Indian Medical Review
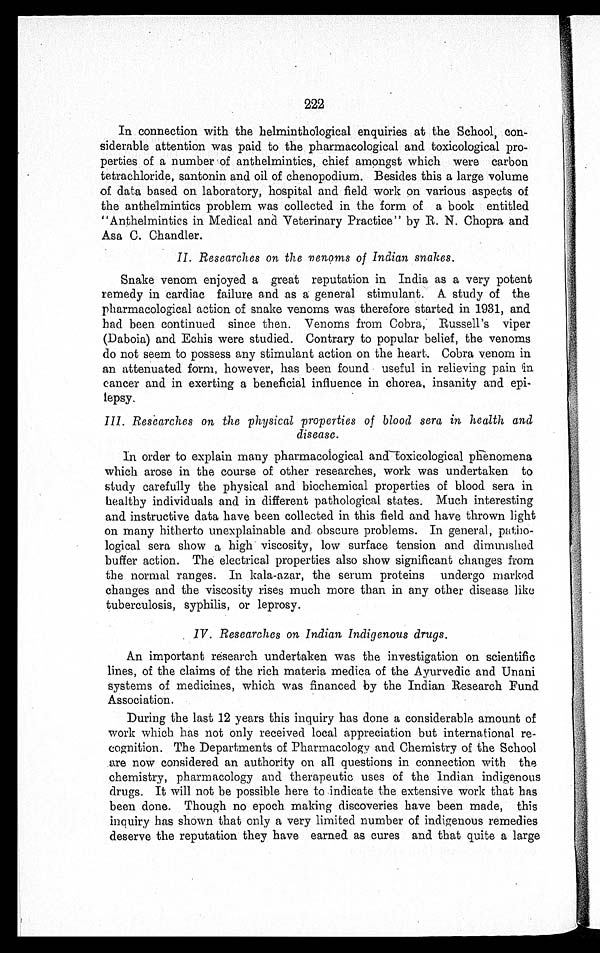
222
In connection with the helminthological enquiries at the School, con-
siderable attention was paid to the pharmacological and toxicological pro-
perties of a number of anthelmintics, chief amongst which were carbon
tetrachloride, santonin and oil of chenopodium. Besides this a large volume
of data based on laboratory, hospital and field work on various aspects of
the anthelmintics problem was collected in the form of a book entitled
"Anthelmintics in Medical and Veterinary Practice" by R. N. Chopra and
Asa C. Chandler.
II. Researches on the venoms of Indian snakes.
Snake venom enjoyed a great reputation in India as a very potent
remedy in cardiac failure and as a general stimulant. A study of the
pharmacological action of snake venoms was therefore started in 1931, and
had been continued since then. Venoms from Cobra, Russell's viper
(Daboia) and Echis were studied. Contrary to popular belief, the venoms
do not seem to possess any stimulant action on the heart. Cobra venom in
an attenuated form, however, has been found useful in relieving pain in
cancer and in exerting a beneficial influence in chorea, insanity and epi-
lepsy.
III. Researches on the physical properties of blood sera in health and
disease.
In order to explain many pharmacological and toxicological phenomena
which arose in the course of other researches, work was undertaken to
study carefully the physical and biochemical properties of blood sera in
healthy individuals and in different pathological states. Much interesting
and instructive data have been collected in this field and have thrown light
on many hitherto unexplainable and obscure problems. In general, patho-
logical sera show a high viscosity, low surface tension and diminished
buffer action. The electrical properties also show significant changes from
the normal ranges. In kala-azar, the serum proteins undergo marked
changes and the viscosity rises much more than in any other disease like
tuberculosis, syphilis, or leprosy.
IV. Researches on Indian Indigenous drugs.
An important research undertaken was the investigation on scientific
lines, of the claims of the rich materia medica of the Ayurvedic and Unani
systems of medicines, which was financed by the Indian Research Fund
Association.
During the last 12 years this inquiry has done a considerable amount of
work which has not only received local appreciation but international re-
cognition. The Departments of Pharmacology and Chemistry of the School
are now considered an authority on all questions in connection with the
chemistry, pharmacology and therapeutic uses of the Indian indigenous
drugs. It will not be possible here to indicate the extensive work that has
been done. Though no epoch making discoveries have been made, this
inquiry has shown that only a very limited number of indigenous remedies
deserve the reputation they have earned as cures and that quite a large